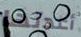
أعدتها